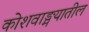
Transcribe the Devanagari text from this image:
कोशवाङ्मयातील